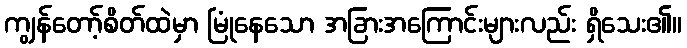
ကျွန်တော့်စိတ်ထဲမှာ မြုံနေသော အခြားအကြောင်းများလည်း ရှိသေး၏။